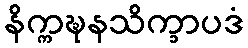
နိက္ကဍ္ဎနသိက္ခာပဒံ